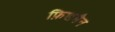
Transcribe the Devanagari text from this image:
फ़िशमैन